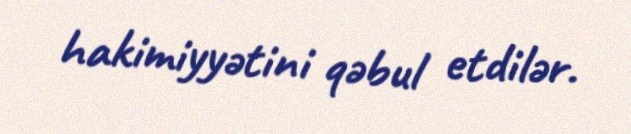
hakimiyyətini qəbul etdilər.